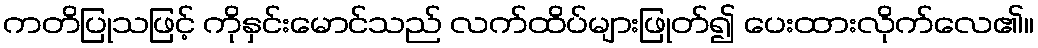
ကတိပြုသဖြင့် ကိုနှင်းမောင်သည် လက်ထိပ်များဖြုတ်၍ ပေးထားလိုက်လေ၏။